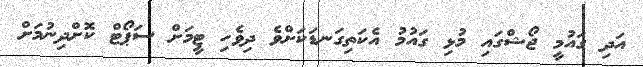
އަދި ގައުމީ ޖޯޝްގައި މުޅި ގައުމު އެކަތިގަނޑަކަށްވެ ދިވެހި ޓީމަށް ސަޕޯޓް ކޮށްދިނުމަށް